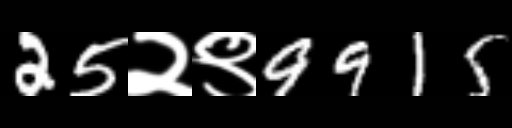
Text: 25२९9915